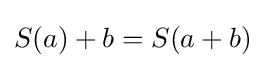
S(a)+b=S(a+b)